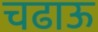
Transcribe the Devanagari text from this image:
चढाऊ